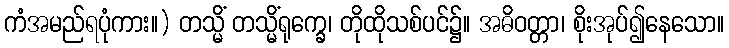
ကံအမည်ရပုံကား။) တသ္မိံ တသ္မိံရုက္ခေ၊ တိုထိုသစ်ပင်၌။ အဓိဝတ္တာ၊ စိုးအုပ်၍နေသော။